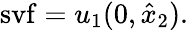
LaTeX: \mathrm{svf}=u_{1}(0,\hat{x}_{2}).